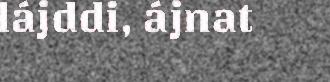
lájddi, ájnat